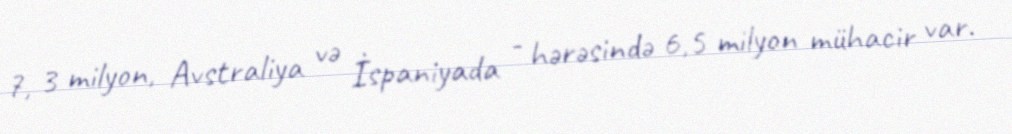
7, 3 milyon, Avstraliya və İspaniyada - hərəsində 6,5 milyon mühacir var.